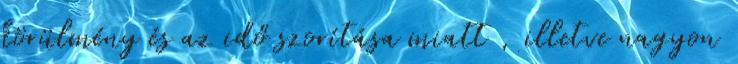
körülmény és az idő szorítása miatt , illetve nagyon